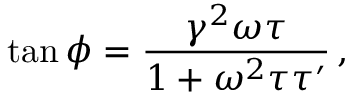
\tan \phi = \frac { \gamma ^ { 2 } \omega \tau } { 1 + \omega ^ { 2 } \tau \tau ^ { \prime } } \, ,